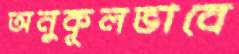
অনুকূলভাবে